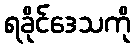
ရခိုင်ဒေသကို